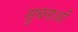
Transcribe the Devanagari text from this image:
सुचनाओं